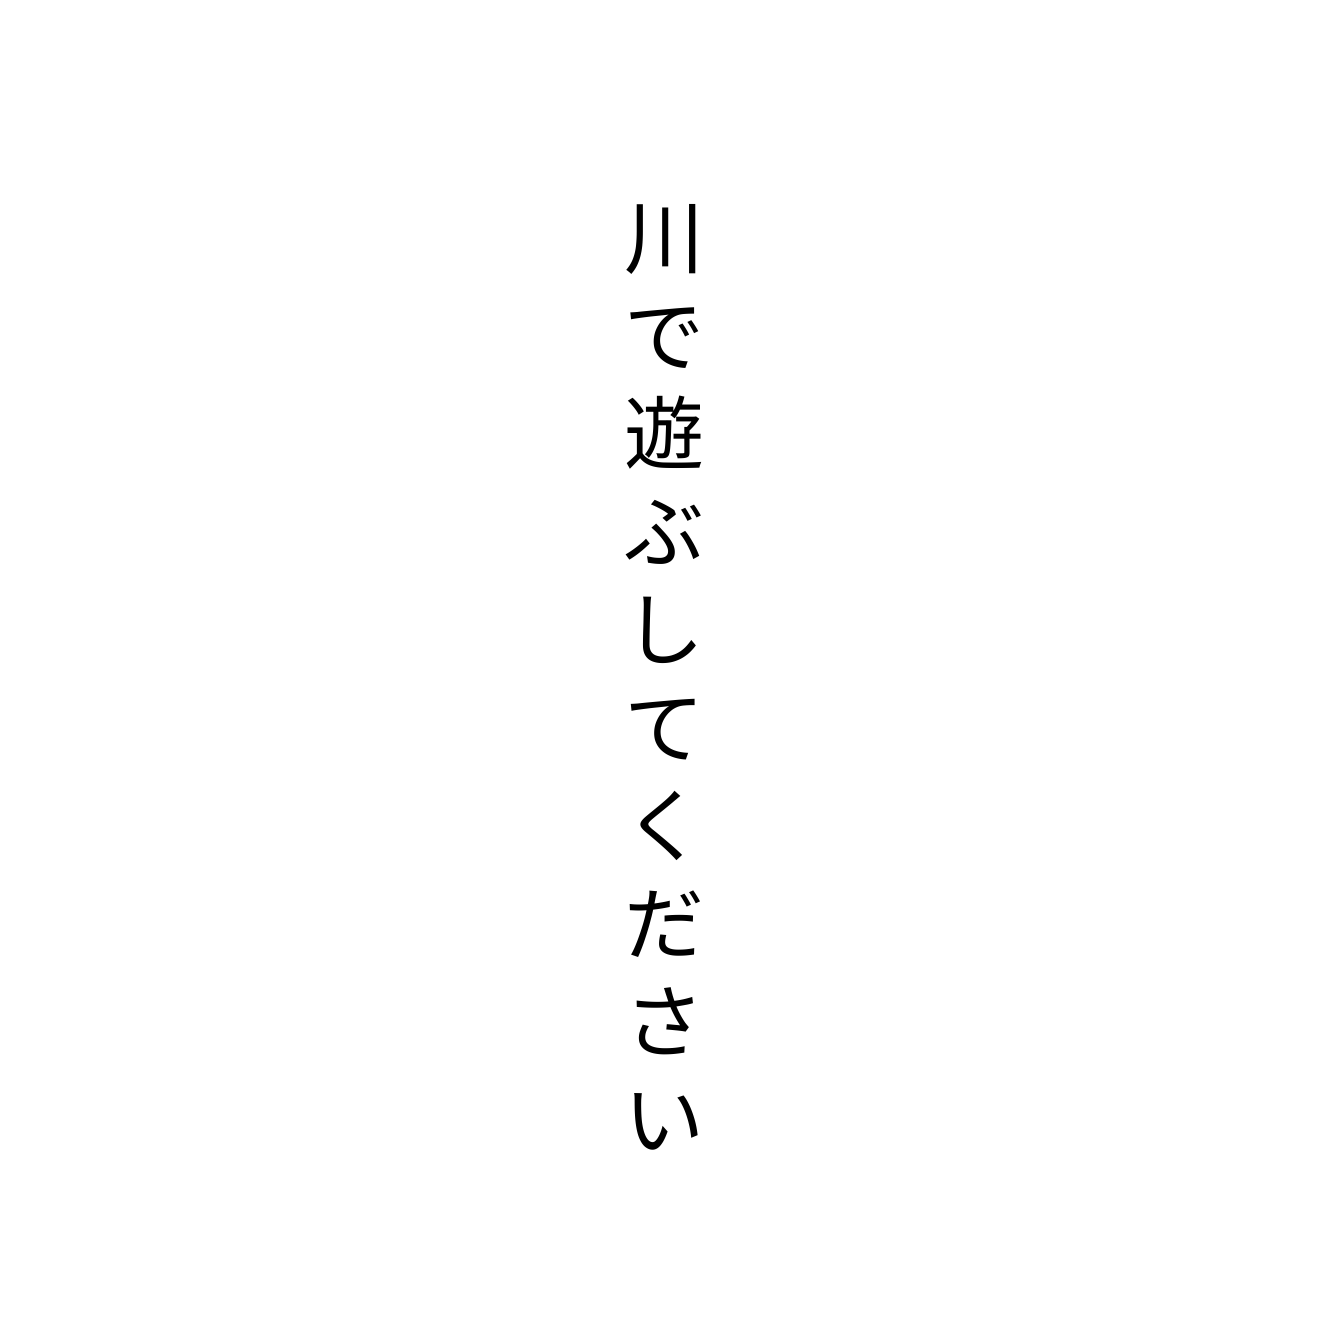
川で遊ぶしてください